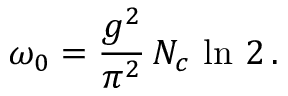
\omega _ { 0 } = \frac { g ^ { 2 } } { \pi ^ { 2 } } \, N _ { c } \, \ln \, 2 \, .